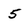
Character: 5